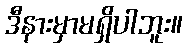
ဒီနားမှာမရှိပါဘူး။